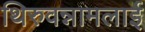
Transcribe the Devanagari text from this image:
थिरुवन्नामलाई